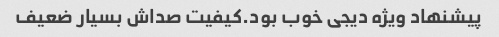
پیشنهاد ویژه دیجی خوب بود.کیفیت صداش بسیار ضعیف